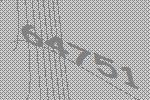
64751